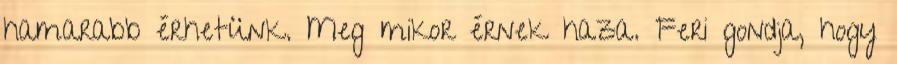
hamarabb érhetünk. Meg mikor érnek haza. Feri gondja, hogy